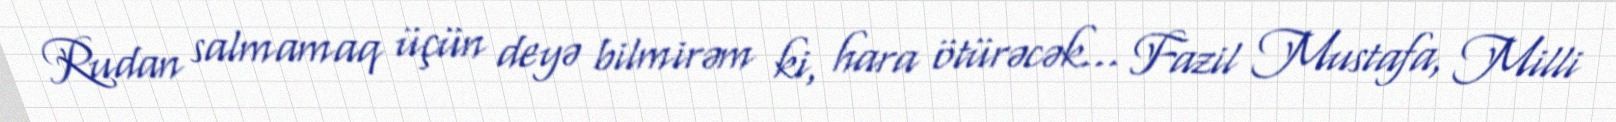
Rudan salmamaq üçün deyə bilmirəm ki, hara ötürəcək... Fazil Mustafa, Milli